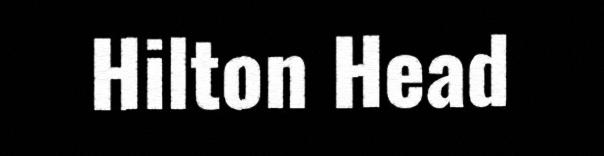
Hilton Head